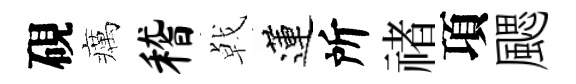
硯癘稽㦸蓮所禇項颸